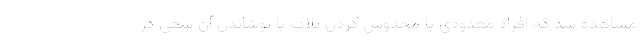
مشاهده شد که افراد معدودی با مخدوش کردن پلاک یا پوشاندن آن سعی در